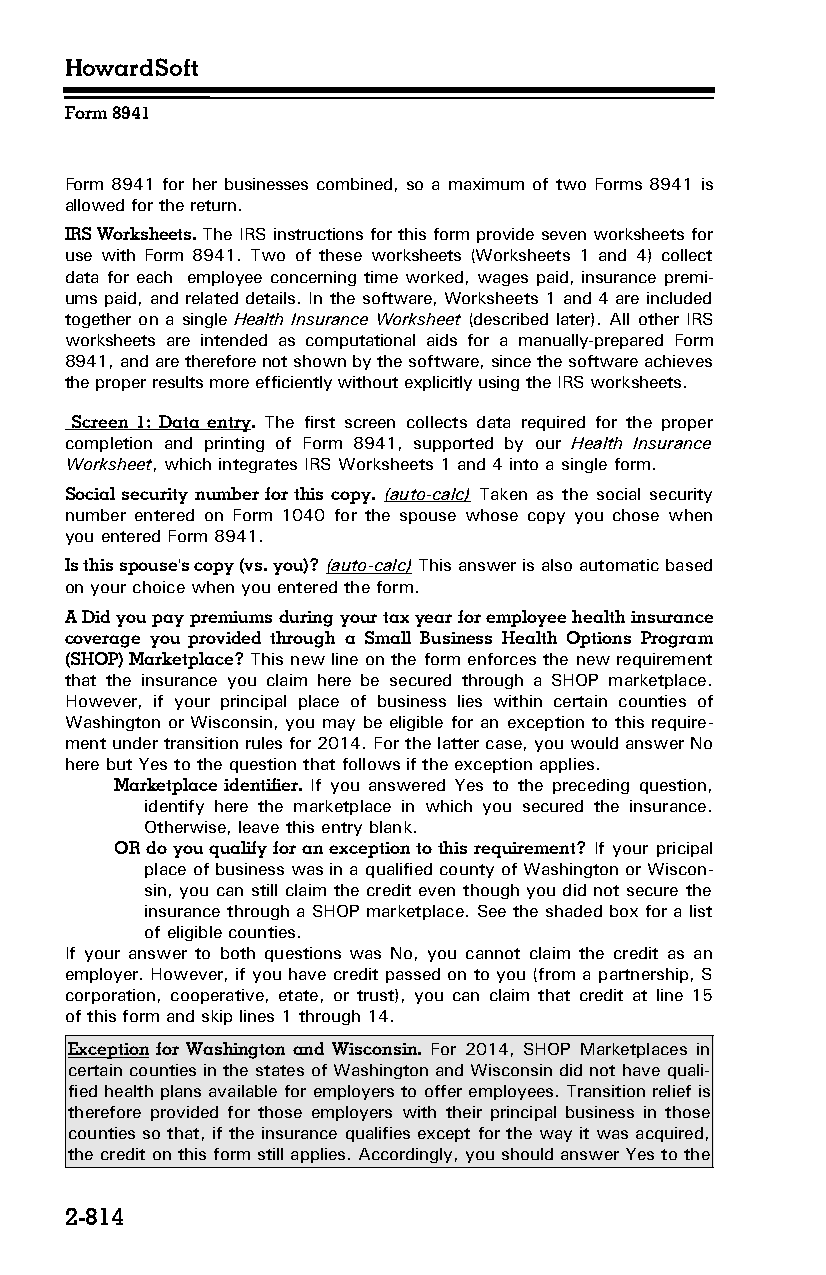
HowardSoft
 Form 8941
 Form 8941 for her businesses combined, so a maximum of two Forms 8941 is
 allowed for the return.
 IRS Worksheets. The IRS instructions for this form provide seven worksheets for
 use with Form 8941. Two of these worksheets (Worksheets 1 and 4) collect
 data for each employee concerning time worked, wages paid, insurance premi­
 ums paid, and related details. In the software, Worksheets 1 and 4 are included
 together on a single Health Insurance Worksheet (described later). All other IRS
 worksheets are intended as computational aids for a manually-prepared Form
 8941, and are therefore not shown by the software, since the software achieves
 the proper results more efficiently without explicitly using the IRS worksheets.
 Screen 1: Data entry. The first screen collects data required for the proper
 completion and printing of Form 8941, supported by our Health Insurance
 Worksheet, which integrates IRS Worksheets 1 and 4 into a single form.
 Social security number for this copy. (auto-calc) Taken as the social security
 number entered on Form 1040 for the spouse whose copy you chose when
 you entered Form 8941.
 Is this spouse's copy (vs. you)? (auto-calc) This answer is also automatic based
 on your choice when you entered the form.
 A Did you pay premiums during your tax year for employee health insurance
 coverage you provided through a Small Business Health Options Program
 (SHOP) Marketplace? This new line on the form enforces the new requirement
 that the insurance you claim here be secured through a SHOP marketplace.
 However, if your principal place of business lies within certain counties of
 Washington or Wisconsin, you may be eligible for an exception to this require­
 ment under transition rules for 2014. For the latter case, you would answer No
 here but Yes to the question that follows if the exception applies.
 Marketplace identifier. If you answered Yes to the preceding question,
 identify here the marketplace in which you secured the insurance.
 Otherwise, leave this entry blank.
 OR do you qualify for an exception to this requirement? If your pricipal
 place of business was in a qualified county of Washington or Wiscon­
 sin, you can still claim the credit even though you did not secure the
 insurance through a SHOP marketplace. See the shaded box for a list
 of eligible counties.
 If your answer to both questions was No, you cannot claim the credit as an
 employer. However, if you have credit passed on to you (from a partnership, S
 corporation, cooperative, etate, or trust), you can claim that credit at line 15
 of this form and skip lines 1 through 14.
 Exception for Washington and Wisconsin. For 2014, SHOP Marketplaces in
 certain counties in the states of Washington and Wisconsin did not have quali­
 fied health plans available for employers to offer employees. Transition relief is
 therefore provided for those employers with their principal business in those
 counties so that, if the insurance qualifies except for the way it was acquired,
 the credit on this form still applies. Accordingly, you should answer Yes to the
 2-814